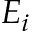
E _ { i }